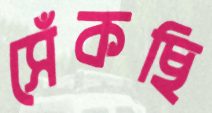
সেঁকছি